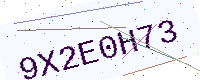
Text: 9X2E0H73